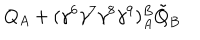
Q _ { A } + ( \gamma ^ { 6 } \gamma ^ { 7 } \gamma ^ { 8 } \gamma ^ { 9 } ) _ { A } ^ { B } \tilde { Q } _ { B } \nonumber